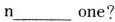
n___one?